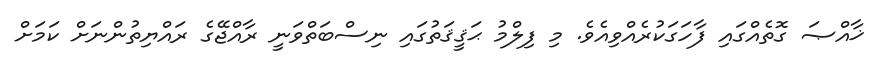
ޚާއްޞަ ގޮތެއްގައި ފާހަގަކުރެއްވިއެވެ. މި ފިލްމު ޙަޤީޤަތުގައި ނިސްބަތްވަނީ ރާއްޖޭގެ ރައްޔިތުންނަށް ކަމަށް